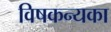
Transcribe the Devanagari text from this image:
विषकन्यका